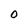
Character: O